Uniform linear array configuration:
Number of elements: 8
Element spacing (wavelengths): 0.25
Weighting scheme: cosine
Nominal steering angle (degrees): -60
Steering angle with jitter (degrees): -61.214
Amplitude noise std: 0.05
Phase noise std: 0.05

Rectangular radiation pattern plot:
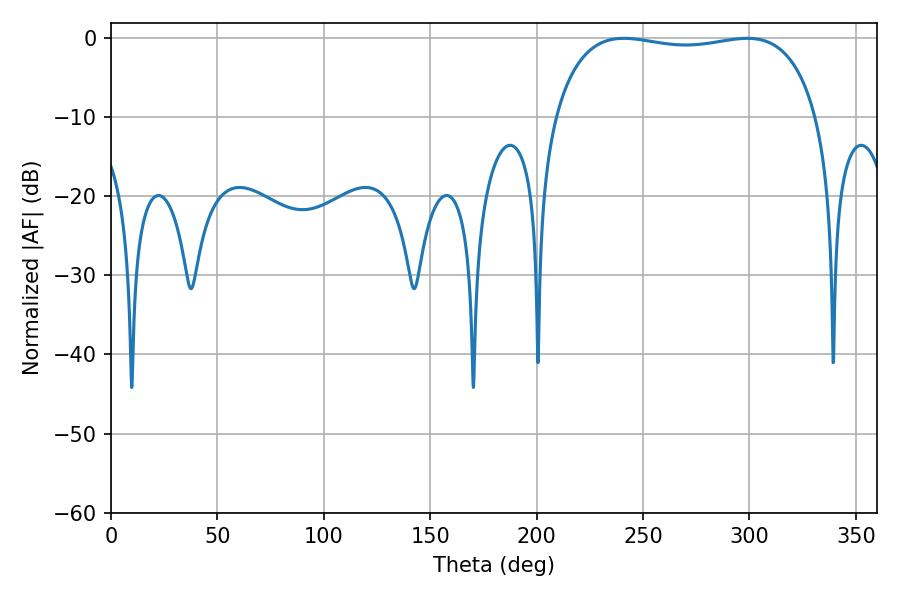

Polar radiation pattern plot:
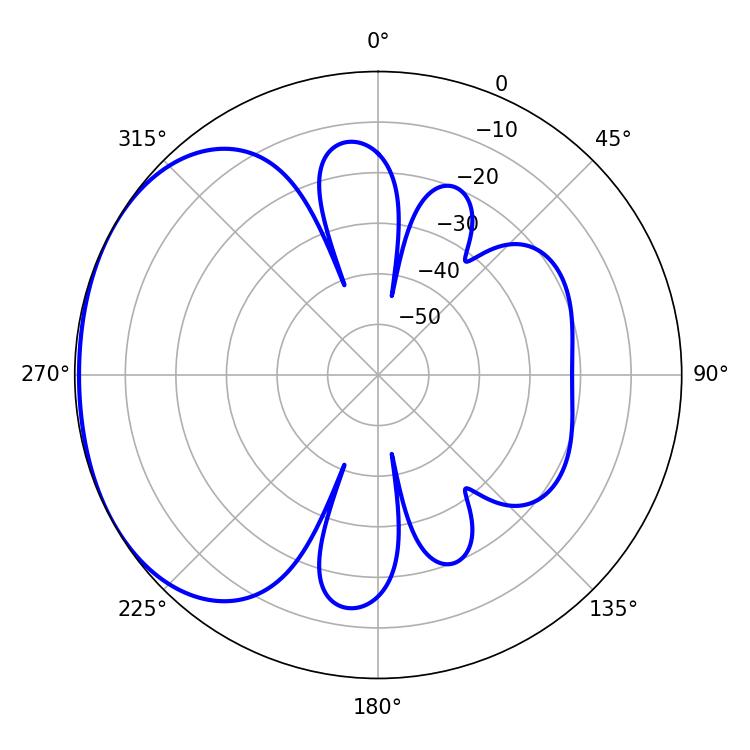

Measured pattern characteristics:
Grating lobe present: FALSE
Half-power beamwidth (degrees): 99.72
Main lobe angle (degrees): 241.02